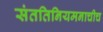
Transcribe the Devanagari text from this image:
संततिनियमनाचीच